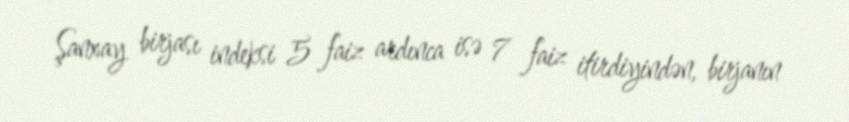
Şanxay birjası indeksi 5 faiz ardınca isə 7 faiz itirdiyindən, birjanın